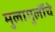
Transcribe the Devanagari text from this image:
मुलामुलींचे